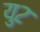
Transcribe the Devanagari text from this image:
यु२